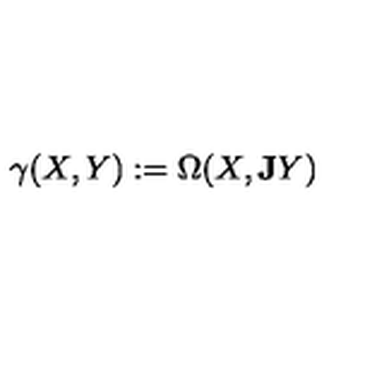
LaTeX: \gamma ( X , Y ) : = \Omega ( X , { \bf J } Y )